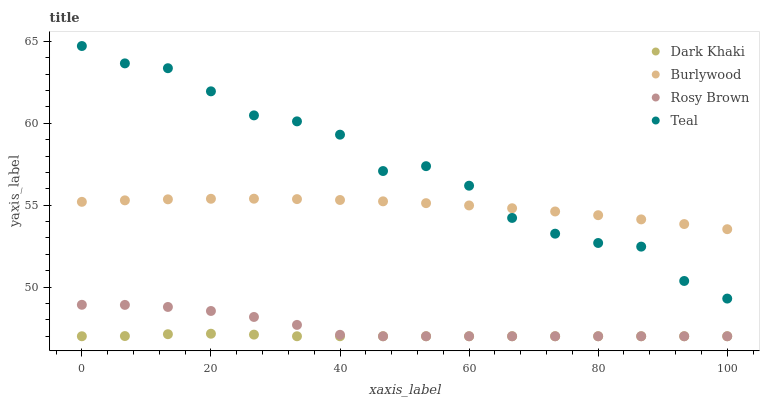
| xaxis_label | Dark Khaki | Burlywood | Rosy Brown | Teal |
 | --- | --- | --- | --- | --- |
 | 0 | 47 | 55.2 | 48.9 | 64.7 |
 | 6.67 | 47 | 55.3 | 48.9 | 63.7 |
 | 13.3 | 47.1 | 55.4 | 48.8 | 63.4 |
 | 20 | 47.2 | 55.4 | 48.5 | 62 |
 | 26.7 | 47.1 | 55.4 | 48.2 | 60.5 |
 | 33.3 | 47 | 55.4 | 47.7 | 60.1 |
 | 40 | 47 | 55.3 | 47.1 | 59.3 |
 | 46.7 | 47 | 55.2 | 47 | 57.1 |
 | 53.3 | 47 | 55.1 | 47 | 57.4 |
 | 60 | 47 | 55 | 47 | 56.2 |
 | 66.7 | 47 | 54.8 | 47 | 54.2 |
 | 73.3 | 47 | 54.6 | 47 | 53.3 |
 | 80 | 47 | 54.4 | 47 | 52.7 |
 | 86.7 | 47 | 54.1 | 47 | 52.5 |
 | 93.3 | 47 | 53.9 | 47 | 50.4 |
 | 100 | 47 | 53.5 | 47 | 49.3 |